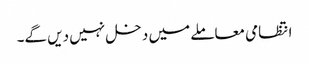
انتظامی معاملے میں دخل نہیں دیں گے۔